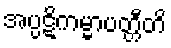
အပ္ပဋိကမ္မာပတ္တီတိ